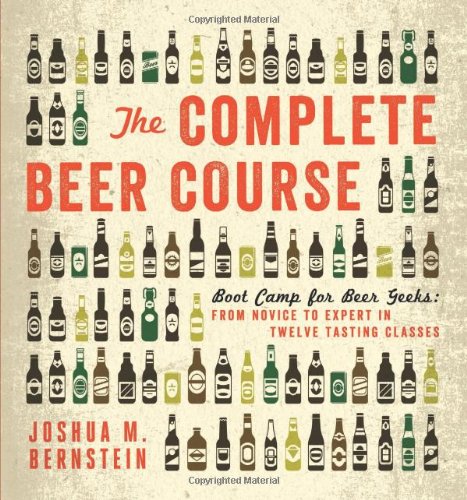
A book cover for The Complete Beer Course: Boot Camp for Beer Geeks: From Novice to Expert in Twelve Tasting Classes; Joshua M. Bernstein; Cookbooks, Food & Wine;